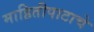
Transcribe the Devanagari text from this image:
माहितीपाटाचे